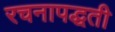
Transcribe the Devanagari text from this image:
रचनापद्धती